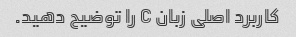
کاربرد اصلی زبان C را توضیح دهید.